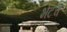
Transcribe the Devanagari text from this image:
भेटच